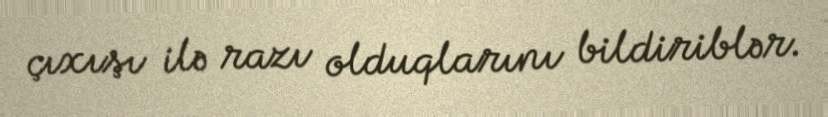
çıxışı ilə razı olduqlarını bildiriblər.